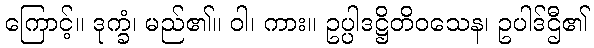
ကြောင့်။ ဒုက္ခံ၊ မည်၏။ ဝါ၊ ကား။ ဥပ္ပါဒဋ္ဌိတိဝသေန၊ ဥပါဒ်ဌီ၏